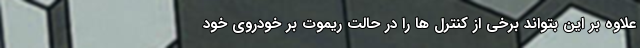
علاوه بر این بتواند برخی از کنترل ها را در حالت ریموت بر خودروی خود